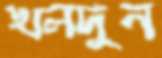
খলদুন